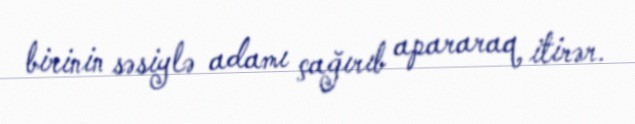
birinin səsiylə adamı çağırıb apararaq itirər.